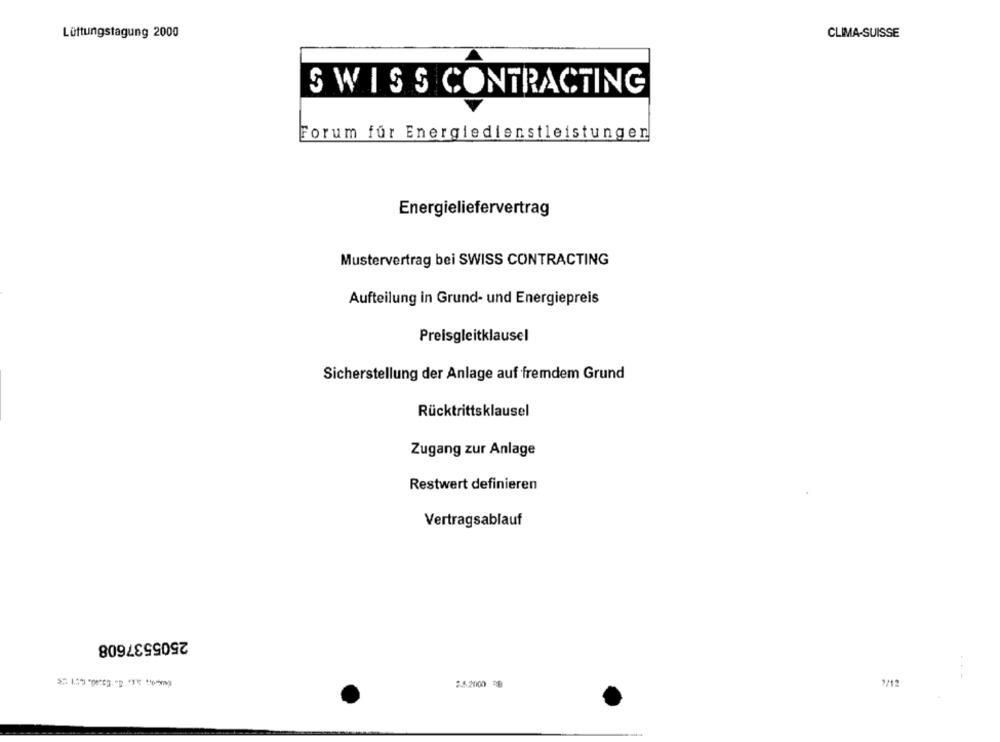
Lüftungstagung 2000
CLIMA-SUISSE
SWISS CONTRACTING
Forum für Energiedienstleistungen
Energieliefervertrag
Mustervertrag bei SWISS CONTRACTING
Aufteilung in Grund- und Energiepreis
Preisgleitklausel
Sicherstellung der Anlage auf fremdem Grund
Rücktrittsklausel
Zugang zur Anlage
Restwert definieren
Vertragsablauf
2505537608
25.2000 RB